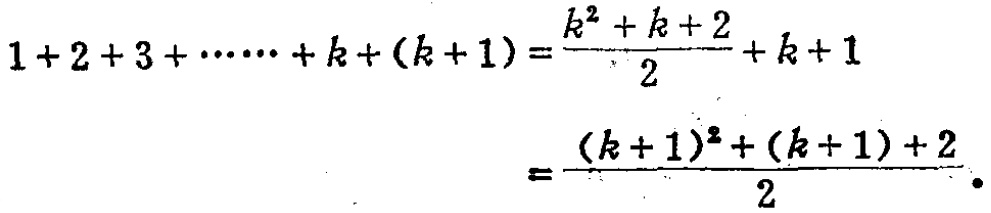
\[

\begin{align*}

1 + 2+3+\cdots + k+(k + 1)&=\frac{k^{2}+k + 2}{2}+k + 1\\

&=\frac{(k + 1)^{2}+(k + 1)+2}{2}

\end{align*}

\]